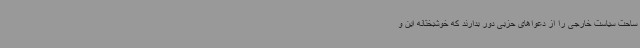
ساحت سیاست خارجی را از دعواهای حزبی دور بدارند که خوشبختانه این و